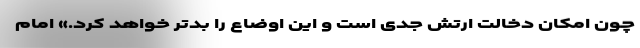
چون امکان دخالت ارتش جدی است و این اوضاع را بدتر خواهد کرد.» امام